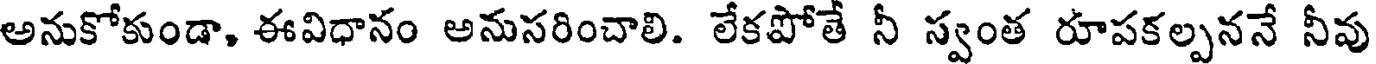
అనుకోకుండా, ఈవిధానం అనుసరించాలి. లేకపోతే నీ స్వంత రూపకల్పననే నీవు